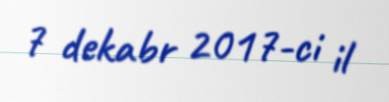
7 dekabr 2017-ci il